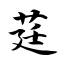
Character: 莛